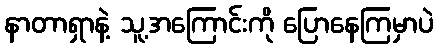
နာတာရှာနဲ့ သူ့အကြောင်းကို ပြောနေကြမှာပဲ